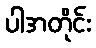
ပါအတိုင်း